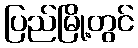
ပြည်မြို့တွင်